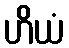
ဟိယံ